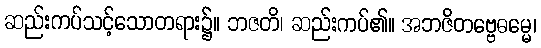
ဆည်းကပ်သင့်သောတရား၌။ ဘဇတိ၊ ဆည်းကပ်၏။ အဘဇိတဗ္ဗေဓမ္မေ၊